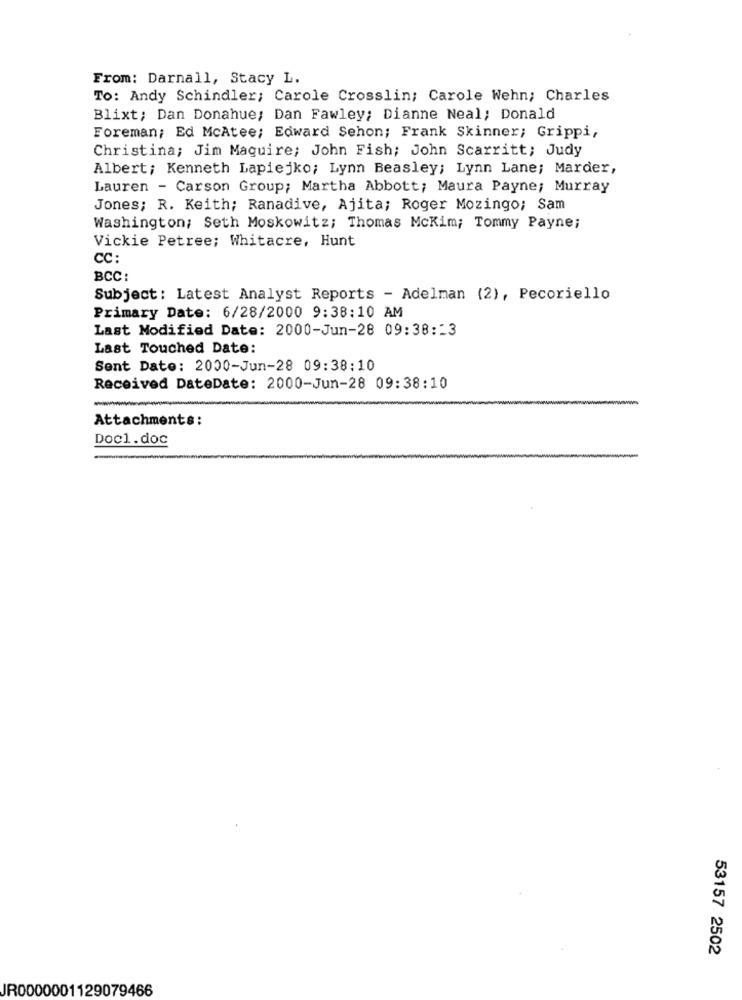
From: Darnall, Stacy L.
To: Andy Schindler; Carole Crosslin; Carole Wehn; Charles
Blixt; Dan Donahue; Dan Fawley; Dianne Neal; Donald
Foreman; Ed McAtee; Edward Sehon; Frank Skinner; Grippi,
Christina; Jim Maguire; John Fish; John Scarritt; Judy
Albert; Kenneth Lapiejko; Lynn Beasley; Lynn Lane; Marder,
Lauren - Carson Group; Martha Abbott; Maura Payne; Murray
Jones; R. Keith; Ranadive, Ajita; Roger Mozingo; Sam
Washington; Seth Moskowitz; Thomas Mckim; Tommy Payne;
Vickie Petree; Whitacre, Hunt
CC:
BCC
Subject: Latest Analyst Reports - Adelman (2), Pecoriello
Primary Date: 6/28/2000 9:38:10 AM
Last Modified Date: 2000-Jun-28 09:38:13
Last Touched Date:
Sent Date: 2000-Jun-28 09:38:10
Received DateDate: 2000-Jun-28 09:38:10
--
Attachments:
Doc1.doc
53157 2502
IR0000001129079466